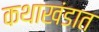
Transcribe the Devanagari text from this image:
कथाखंडात